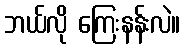
ဘယ်လို ကြေးနန်းလဲ။